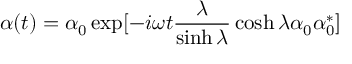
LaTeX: \alpha ( t ) = \alpha _ { 0 } \exp [ - i \omega t \frac { \lambda } { \sinh \lambda } \cosh \lambda \alpha _ { 0 } \alpha _ { 0 } ^ { * } ]